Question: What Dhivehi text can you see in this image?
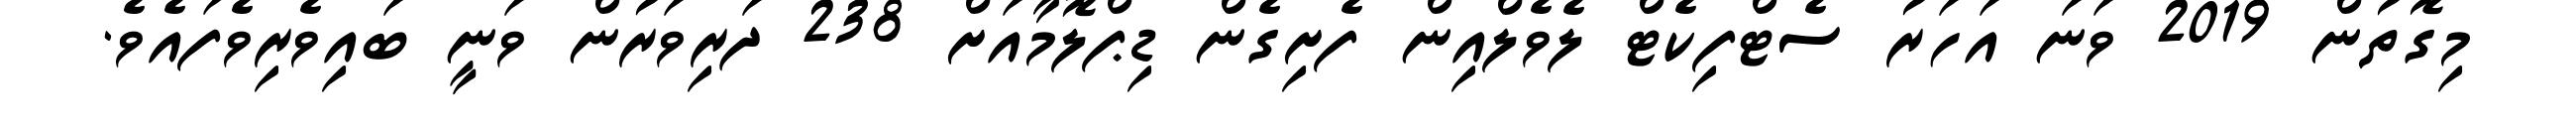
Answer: މިގޮތުން 2019 ވަނަ އަހަރު ސެޓްފިކެޓް ލެވެލްއިން ފެށިގެން ޑިޕްލޮމާއަށް 238 ދަރިވަރުން ވަނީ ބައިވެރިވެފައެވެ.